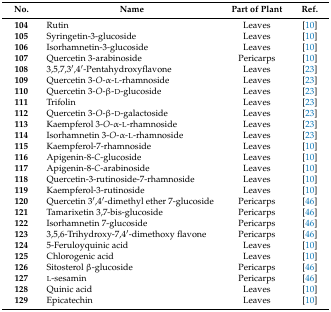
<table><thead><tr><td><b>No.</b></td><td><b>Name</b></td><td><b>Part of Plant</b></td><td><b>Ref.</b></td></tr></thead><tbody><tr><td><b>104</b></td><td>Rutin</td><td>Leaves</td><td>[10]</td></tr><tr><td><b>105</b></td><td>Syringetin-3-glucoside</td><td>Leaves</td><td>[10]</td></tr><tr><td><b>106</b></td><td>Isorhamnetin-3-glucoside</td><td>Leaves</td><td>[10]</td></tr><tr><td><b>107</b></td><td>Quercetin 3-arabinoside</td><td>Pericarps</td><td>[10]</td></tr><tr><td><b>108</b></td><td>3,5,7,3′,4′-Pentahydroxyflavone</td><td>Leaves</td><td>[23]</td></tr><tr><td><b>109</b></td><td>Quercetin 3-<i>O</i>-α-l-rhamnoside</td><td>Leaves</td><td>[23]</td></tr><tr><td><b>110</b></td><td>Quercetin 3-<i>O</i>-β-d-glucoside</td><td>Leaves</td><td>[23]</td></tr><tr><td><b>111</b></td><td>Trifolin</td><td>Leaves</td><td>[23]</td></tr><tr><td><b>112</b></td><td>Quercetin 3-<i>O</i>-β-d-galactoside</td><td>Leaves</td><td>[23]</td></tr><tr><td><b>113</b></td><td>Kaempferol 3-<i>O</i>-α-l-rhamnoside</td><td>Leaves</td><td>[23]</td></tr><tr><td><b>114</b></td><td>Isorhamnetin 3-<i>O</i>-α-l-rhamnoside</td><td>Leaves</td><td>[23]</td></tr><tr><td><b>115</b></td><td>Kaempferol-7-rhamnoside</td><td>Leaves</td><td>[10]</td></tr><tr><td><b>116</b></td><td>Apigenin-8-<i>C</i>-glucoside</td><td>Leaves</td><td>[10]</td></tr><tr><td><b>117</b></td><td>Apigenin-8-<i>C</i>-arabinoside</td><td>Leaves</td><td>[10]</td></tr><tr><td><b>118</b></td><td>Quercetin-3-rutinoside-7-rhamnoside</td><td>Leaves</td><td>[10]</td></tr><tr><td><b>119</b></td><td>Kaempferol-3-rutinoside</td><td>Leaves</td><td>[10]</td></tr><tr><td><b>120</b></td><td>Quercetin 3′,4′-dimethyl ether 7-glucoside</td><td>Pericarps</td><td>[46]</td></tr><tr><td><b>121</b></td><td>Tamarixetin 3,7-bis-glucoside</td><td>Pericarps</td><td>[46]</td></tr><tr><td><b>122</b></td><td>Isorhamnetin 7-glucoside</td><td>Pericarps</td><td>[46]</td></tr><tr><td><b>123</b></td><td>3,5,6-Trihydroxy-7,4′-dimethoxy flavone</td><td>Pericarps</td><td>[46]</td></tr><tr><td><b>124</b></td><td>5-Feruloyquinic acid</td><td>Leaves</td><td>[10]</td></tr><tr><td><b>125</b></td><td>Chlorogenic acid</td><td>Leaves</td><td>[10]</td></tr><tr><td><b>126</b></td><td>Sitosterol β-glucoside</td><td>Pericarps</td><td>[46]</td></tr><tr><td><b>127</b></td><td>l-sesamin</td><td>Pericarps</td><td>[46]</td></tr><tr><td><b>128</b></td><td>Quinic acid</td><td>Leaves</td><td>[10]</td></tr><tr><td><b>129</b></td><td>Epicatechin</td><td>Leaves</td><td>[10]</td></tr></tbody></table>